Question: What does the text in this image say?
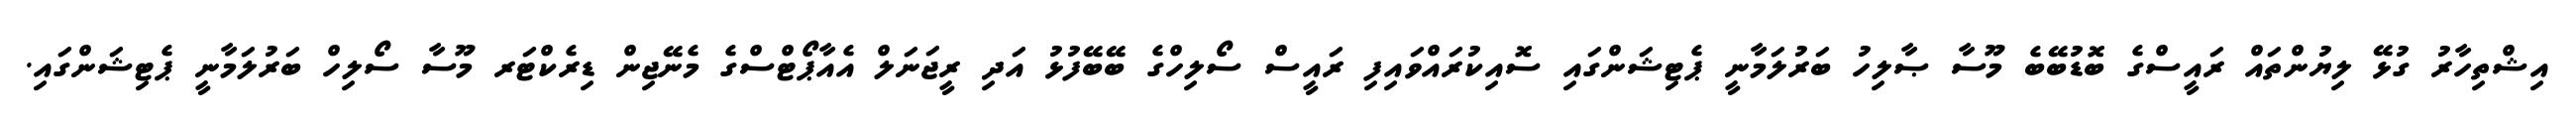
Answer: އިޝްތިހާރު ގުޅޭ ލިޔުންތައް ރައީސްގެ ބޮޑުބޭބެ މޫސާ ޞާލިހު ބަރުލަމާނީ ޕެޓިޝަންގައި ސޮއިކުރައްވައިފި ރައީސް ސޯލިހްގެ ބޭބޭފުޅު އަދި ރީޖަނަލް އެއާޕޯޓްސްގެ މެނޭޖިން ޑިރެކްޓަރ މޫސާ ސޯލިހް ބަރުލަމާނީ ޕެޓިޝަންގައި.